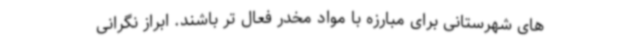
های شهرستانی برای مبارزه با مواد مخدر فعال تر باشند. ابراز نگرانی